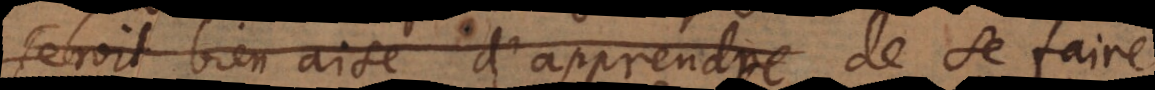
seroit bien aise d’apprendre se faire